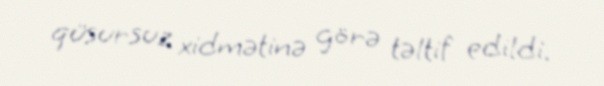
qüsursuz xidmətinə görə təltif edildi.